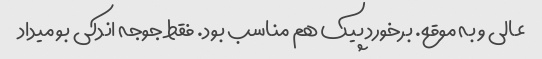
عالی و به موقع. برخورد پیک هم مناسب بود. فقط جوجه اندکی بو میداد